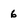
Character: 6